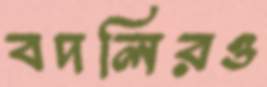
বদলিরও